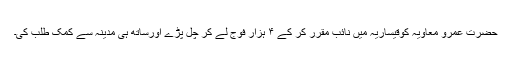
حضرت عمرو معاویہ کوقیساریہ میں نائب مقرر کر کے ۴ ہزار فوج لے کر چل پڑے اورساتھ ہی مدینہ سے کمک طلب کی۔